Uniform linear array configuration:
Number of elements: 16
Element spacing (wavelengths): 0.25
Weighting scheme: hamming
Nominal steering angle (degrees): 45
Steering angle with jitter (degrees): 46.523
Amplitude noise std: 0.05
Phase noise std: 0.05

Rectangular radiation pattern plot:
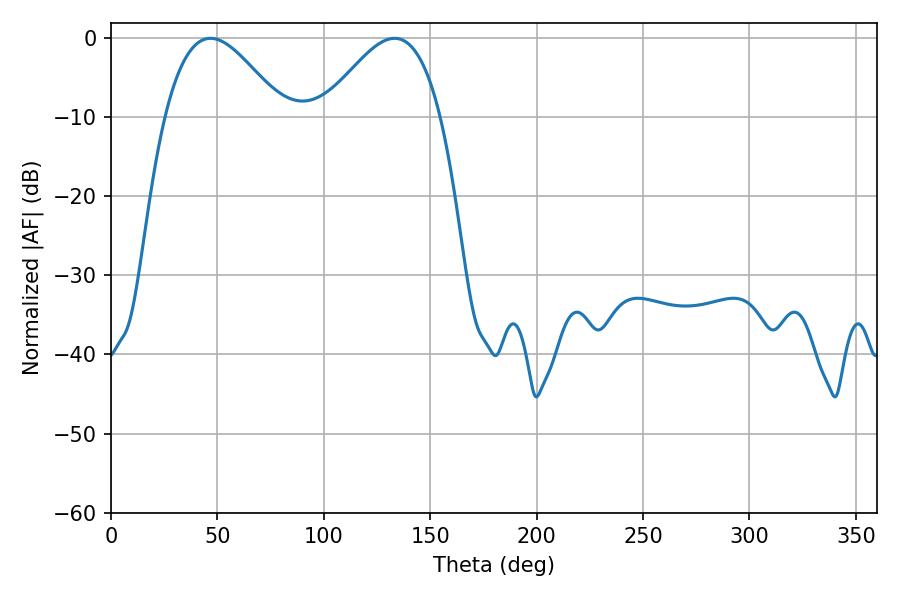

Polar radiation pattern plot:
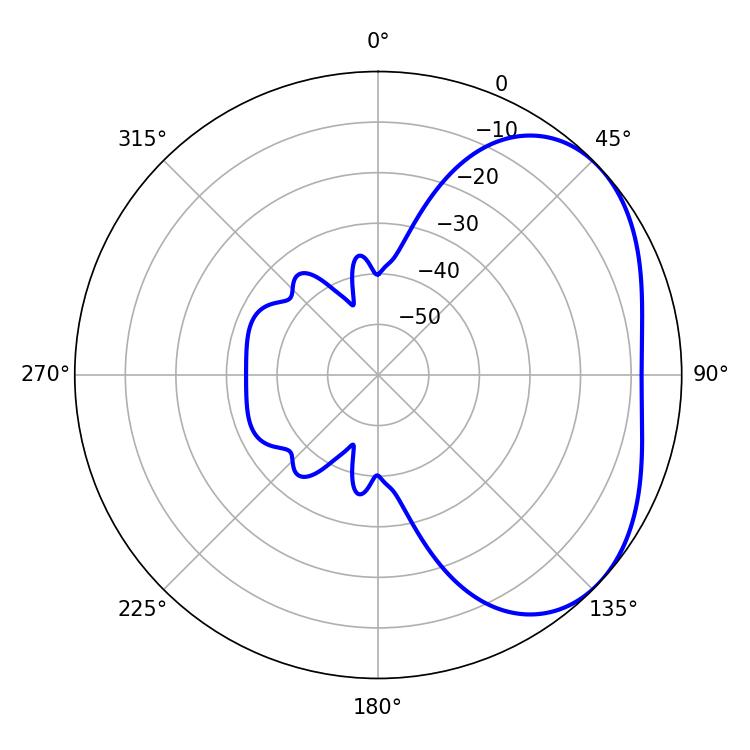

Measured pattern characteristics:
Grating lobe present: FALSE
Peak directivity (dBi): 3.487
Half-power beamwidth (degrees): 29.88
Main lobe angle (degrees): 46.8